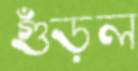
গুঁড়ল